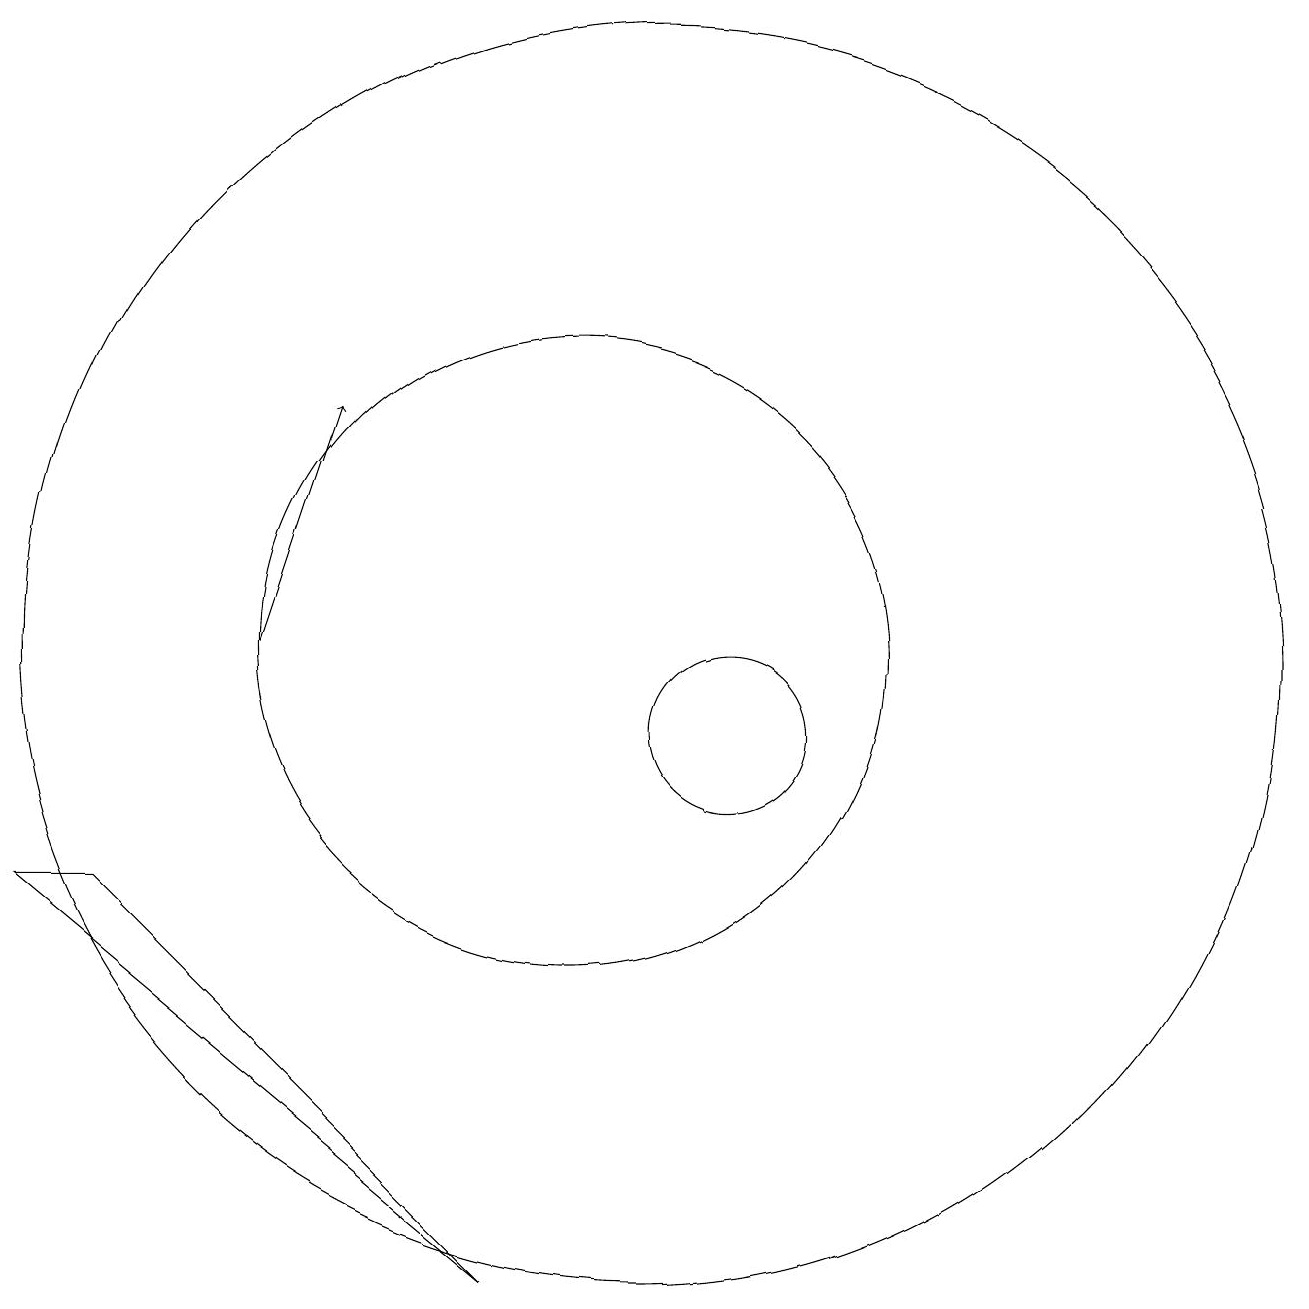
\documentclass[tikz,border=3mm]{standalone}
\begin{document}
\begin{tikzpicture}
\draw (12,10) circle (1);
\draw (11,11) circle (8);
\draw (10,11) circle (4);
\draw (3,8) -- (9,3) -- (4,8) -- cycle;
\draw[->] (6,11) -- (7,14);
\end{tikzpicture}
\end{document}